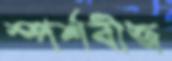
স্পর্শবীজ